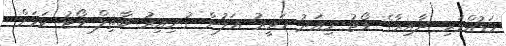
މަޑުއްވަރި ދާއިރާގެ ވޯޓު މިއަދު ހަވީރު އަލުން ގުނިއިރު ބާތިލް ވޯޓު ކަމަށް